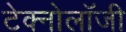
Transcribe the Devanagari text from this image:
टेक्नोलाॅजी